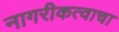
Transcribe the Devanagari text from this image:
नागरीकत्वाचा